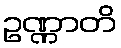
ဥဏ္ဏာတိ